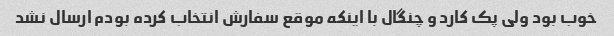
خوب بود ولی پک کارد و چنگال با اینکه موقع سفارش انتخاب کرده بودم ارسال نشد